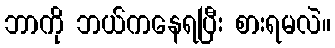
ဘာကို ဘယ်ကနေရပြီး စားရမလဲ။